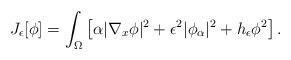
LaTeX: \begin{align*}J_\epsilon[\phi] = \int_\Omega \left[\alpha |\nabla_x\phi|^2 + \epsilon^2 |\phi_\alpha|^2 + h_\epsilon \phi^2\right].\end{align*}